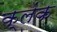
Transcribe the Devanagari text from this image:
क्लंक